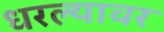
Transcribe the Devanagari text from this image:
धरल्यावर